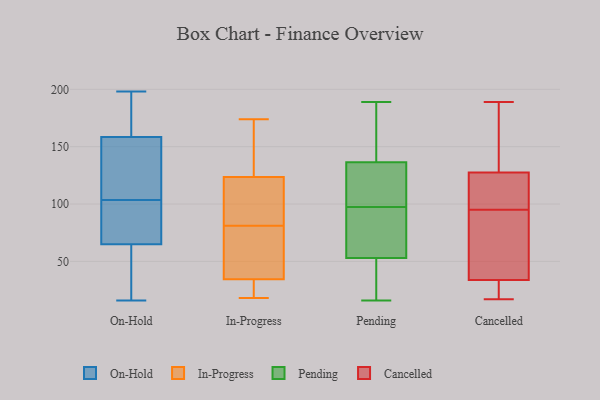
{"axis": {"x": "Production Output", "y": "Value"}, "legend": ["Cancelled", "In-Progress", "On-Hold", "Pending"], "data": [{"x": "", "y": 16, "type": "On-Hold"}, {"x": "", "y": 51, "type": "On-Hold"}, {"x": "", "y": 63, "type": "On-Hold"}, {"x": "", "y": 161, "type": "On-Hold"}, {"x": "", "y": 122, "type": "On-Hold"}, {"x": "", "y": 104, "type": "On-Hold"}, {"x": "", "y": 197, "type": "On-Hold"}, {"x": "", "y": 141, "type": "On-Hold"}, {"x": "", "y": 141, "type": "On-Hold"}, {"x": "", "y": 59, "type": "On-Hold"}, {"x": "", "y": 67, "type": "On-Hold"}, {"x": "", "y": 103, "type": "On-Hold"}, {"x": "", "y": 85, "type": "On-Hold"}, {"x": "", "y": 167, "type": "On-Hold"}, {"x": "", "y": 76, "type": "On-Hold"}, {"x": "", "y": 97, "type": "On-Hold"}, {"x": "", "y": 198, "type": "On-Hold"}, {"x": "", "y": 39, "type": "On-Hold"}, {"x": "", "y": 177, "type": "On-Hold"}, {"x": "", "y": 156, "type": "On-Hold"}, {"x": "", "y": 88, "type": "In-Progress"}, {"x": "", "y": 28, "type": "In-Progress"}, {"x": "", "y": 101, "type": "In-Progress"}, {"x": "", "y": 139, "type": "In-Progress"}, {"x": "", "y": 174, "type": "In-Progress"}, {"x": "", "y": 112, "type": "In-Progress"}, {"x": "", "y": 128, "type": "In-Progress"}, {"x": "", "y": 26, "type": "In-Progress"}, {"x": "", "y": 64, "type": "In-Progress"}, {"x": "", "y": 119, "type": "In-Progress"}, {"x": "", "y": 60, "type": "In-Progress"}, {"x": "", "y": 74, "type": "In-Progress"}, {"x": "", "y": 30, "type": "In-Progress"}, {"x": "", "y": 18, "type": "In-Progress"}, {"x": "", "y": 39, "type": "In-Progress"}, {"x": "", "y": 173, "type": "In-Progress"}, {"x": "", "y": 182, "type": "Pending"}, {"x": "", "y": 116, "type": "Pending"}, {"x": "", "y": 189, "type": "Pending"}, {"x": "", "y": 50, "type": "Pending"}, {"x": "", "y": 54, "type": "Pending"}, {"x": "", "y": 130, "type": "Pending"}, {"x": "", "y": 52, "type": "Pending"}, {"x": "", "y": 16, "type": "Pending"}, {"x": "", "y": 62, "type": "Pending"}, {"x": "", "y": 83, "type": "Pending"}, {"x": "", "y": 89, "type": "Pending"}, {"x": "", "y": 127, "type": "Pending"}, {"x": "", "y": 143, "type": "Pending"}, {"x": "", "y": 16, "type": "Pending"}, {"x": "", "y": 36, "type": "Pending"}, {"x": "", "y": 154, "type": "Pending"}, {"x": "", "y": 159, "type": "Pending"}, {"x": "", "y": 89, "type": "Pending"}, {"x": "", "y": 106, "type": "Pending"}, {"x": "", "y": 117, "type": "Pending"}, {"x": "", "y": 39, "type": "Cancelled"}, {"x": "", "y": 19, "type": "Cancelled"}, {"x": "", "y": 77, "type": "Cancelled"}, {"x": "", "y": 134, "type": "Cancelled"}, {"x": "", "y": 95, "type": "Cancelled"}, {"x": "", "y": 17, "type": "Cancelled"}, {"x": "", "y": 131, "type": "Cancelled"}, {"x": "", "y": 98, "type": "Cancelled"}, {"x": "", "y": 117, "type": "Cancelled"}, {"x": "", "y": 189, "type": "Cancelled"}, {"x": "", "y": 172, "type": "Cancelled"}, {"x": "", "y": 100, "type": "Cancelled"}, {"x": "", "y": 31, "type": "Cancelled"}, {"x": "", "y": 50, "type": "Cancelled"}, {"x": "", "y": 32, "type": "Cancelled"}]}